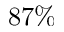
8 7 \%